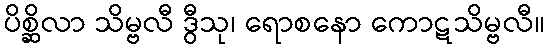
ပိစ္ဆိလာ သိမ္ဗလီ ဒွီသု၊ ရောစနော ကောဋသိမ္ဗလီ။